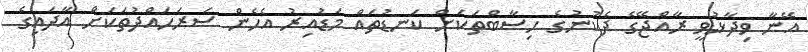
އޭނާ ވިދާޅުވީ ރާއްޖޭގެ ދެކުނުގެ ހިސާބްތަކަށް ކަނޑުތައް މަޑުއިރު އެހެން ސަރަހައްދުތަކަށް އާދައިގެ